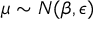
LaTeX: \mu \sim N ( \beta , \epsilon )